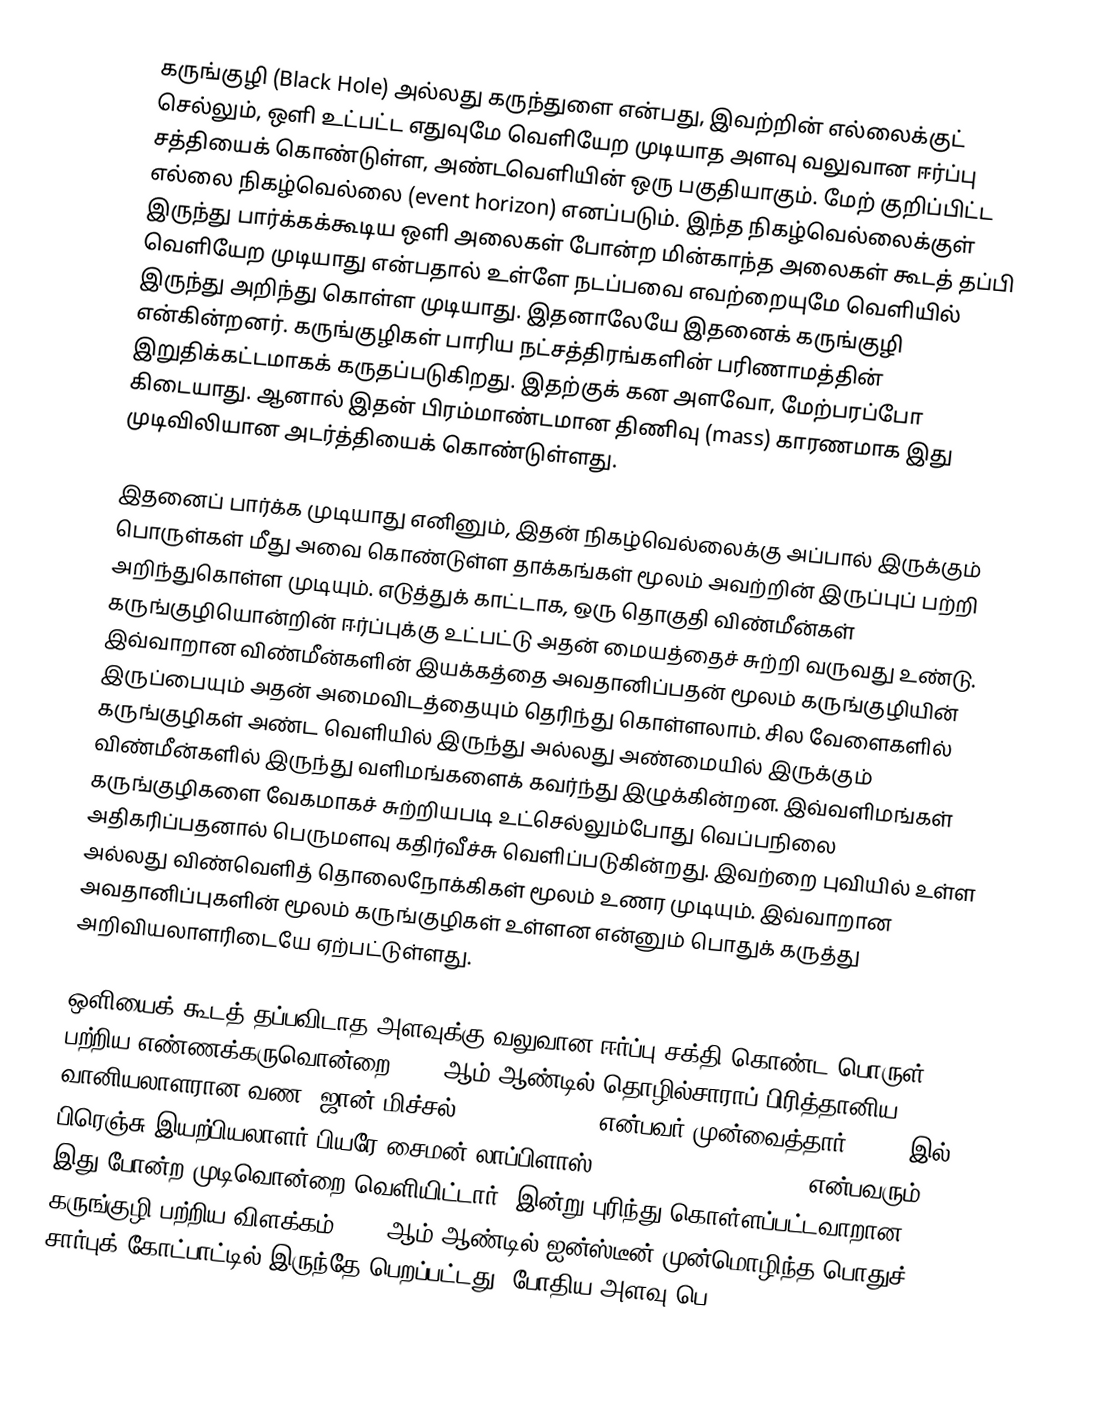
கருங்குழி  (Black Hole) அல்லது கருந்துளை என்பது, இவற்றின் எல்லைக்குட் செல்லும், ஒளி உட்பட்ட எதுவுமே வெளியேற முடியாத அளவு வலுவான ஈர்ப்பு சத்தியைக் கொண்டுள்ள, அண்டவெளியின் ஒரு பகுதியாகும். மேற் குறிப்பிட்ட எல்லை நிகழ்வெல்லை (event horizon) எனப்படும். இந்த நிகழ்வெல்லைக்குள் இருந்து பார்க்கக்கூடிய ஒளி அலைகள் போன்ற மின்காந்த அலைகள் கூடத் தப்பி வெளியேற முடியாது என்பதால் உள்ளே நடப்பவை எவற்றையுமே வெளியில் இருந்து அறிந்து கொள்ள முடியாது. இதனாலேயே இதனைக் கருங்குழி என்கின்றனர். கருங்குழிகள் பாரிய நட்சத்திரங்களின் பரிணாமத்தின் இறுதிக்கட்டமாகக் கருதப்படுகிறது. இதற்குக் கன அளவோ, மேற்பரப்போ கிடையாது. ஆனால் இதன் பிரம்மாண்டமான திணிவு (mass) காரணமாக இது முடிவிலியான அடர்த்தியைக் கொண்டுள்ளது.

இதனைப் பார்க்க முடியாது எனினும், இதன் நிகழ்வெல்லைக்கு அப்பால் இருக்கும் பொருள்கள் மீது அவை கொண்டுள்ள தாக்கங்கள் மூலம் அவற்றின் இருப்புப் பற்றி அறிந்துகொள்ள முடியும். எடுத்துக் காட்டாக, ஒரு தொகுதி விண்மீன்கள் கருங்குழியொன்றின் ஈர்ப்புக்கு உட்பட்டு அதன் மையத்தைச் சுற்றி வருவது உண்டு. இவ்வாறான விண்மீன்களின் இயக்கத்தை அவதானிப்பதன் மூலம் கருங்குழியின் இருப்பையும் அதன் அமைவிடத்தையும் தெரிந்து கொள்ளலாம். சில வேளைகளில் கருங்குழிகள் அண்ட வெளியில் இருந்து அல்லது அண்மையில் இருக்கும் விண்மீன்களில் இருந்து வளிமங்களைக் கவர்ந்து இழுக்கின்றன. இவ்வளிமங்கள் கருங்குழிகளை வேகமாகச் சுற்றியபடி உட்செல்லும்போது வெப்பநிலை அதிகரிப்பதனால் பெருமளவு கதிர்வீச்சு வெளிப்படுகின்றது. இவற்றை புவியில் உள்ள அல்லது விண்வெளித் தொலைநோக்கிகள் மூலம் உணர முடியும். இவ்வாறான அவதானிப்புகளின் மூலம் கருங்குழிகள் உள்ளன என்னும் பொதுக் கருத்து அறிவியலாளரிடையே ஏற்பட்டுள்ளது.

ஒளியைக் கூடத் தப்பவிடாத அளவுக்கு வலுவான ஈர்ப்பு சக்தி கொண்ட பொருள் பற்றிய எண்ணக்கருவொன்றை 1783 ஆம் ஆண்டில் தொழில்சாராப் பிரித்தானிய வானியலாளரான வண. ஜான் மிச்சல் (John Michell) என்பவர் முன்வைத்தார். 1795 இல் பிரெஞ்சு இயற்பியலாளர் பியரே-சைமன் லாப்பிளாஸ் (Pierre-Simon Laplace) என்பவரும் இது போன்ற முடிவொன்றை வெளியிட்டார். இன்று புரிந்து கொள்ளப்பட்டவாறான கருங்குழி பற்றிய விளக்கம் 1916 ஆம் ஆண்டில் ஐன்ஸ்டீன் முன்மொழிந்த பொதுச் சார்புக் கோட்பாட்டில் இருந்தே பெறப்பட்டது. போதிய அளவு பெ